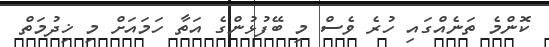
ކޮންމެ ތަނެއްގައި ހުރެ ވެސް މި ބޭފުޅުންގެ އަތާ ހަމައަށް މި ޚިދުމަތް